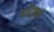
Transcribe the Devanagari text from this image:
परिक्र्मा